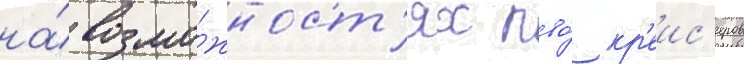
на́ возмо́жност'ях пво́ кр'еис'еров